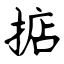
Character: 掂